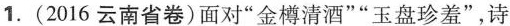
1.(2016云南省卷)面对”金樽清酒””玉盘珍羞”，诗